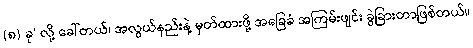
(၈) ခု’ လို့ ခေါ်တယ်၊ အလွယ်နည်းနဲ့ မှတ်ထားဖို့ အခြေခံ အကြမ်းဖျင်း ခွဲခြားတာဖြစ်တယ်။